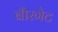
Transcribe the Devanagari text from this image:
बौरगेट